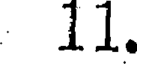
11.